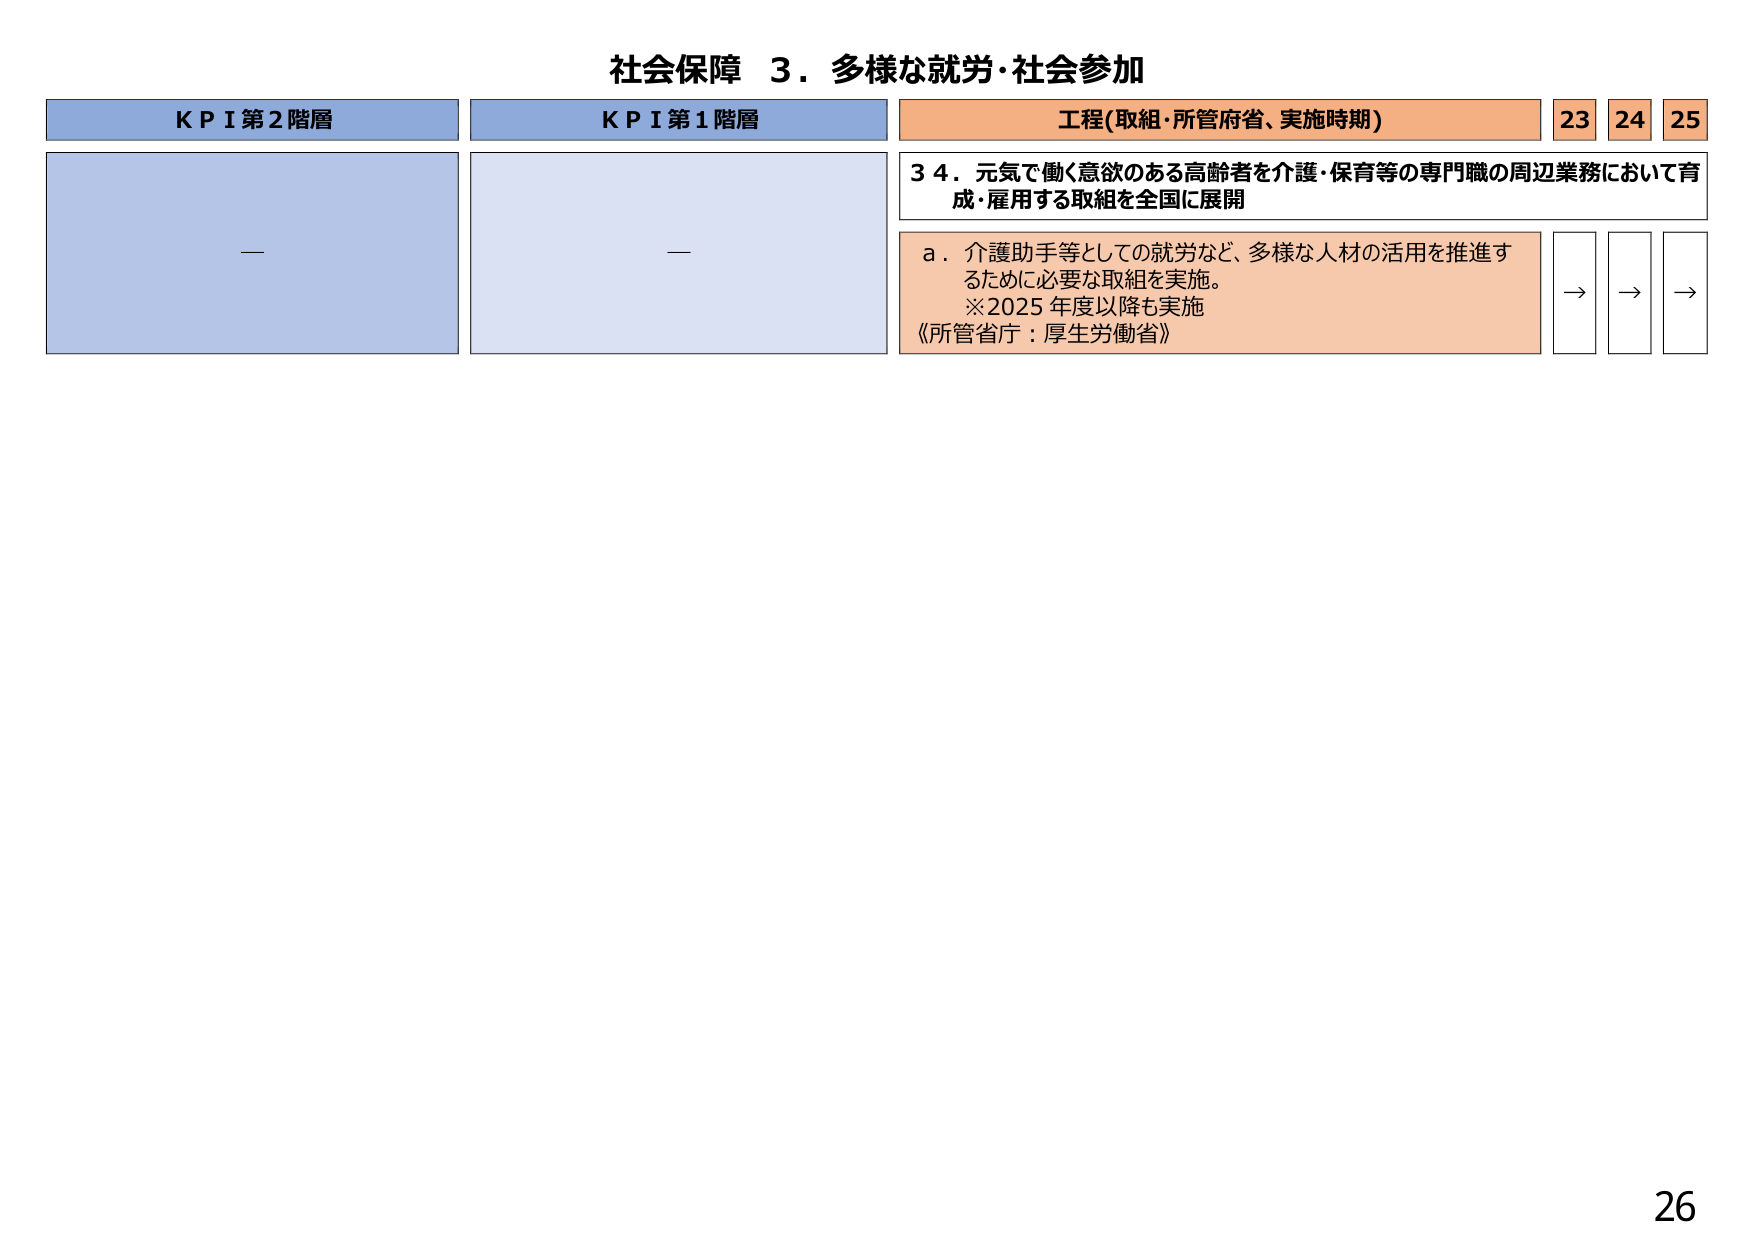
社会保障 3．多様な就労・社会参加

KPI第2階層
—

KPI第1階層
—

工程(取組・所管府省、実施時期)
23 24 25

34．元気で働く意欲のある高齢者を介護・保育等の専門職の周辺業務において育成・雇用する取組を全国に展開

a．介護助手等としての就労など、多様な人材の活用を推進するために必要な取組を実施。
※2025年度以降も実施
《所管省庁：厚生労働省》

→ → →

26